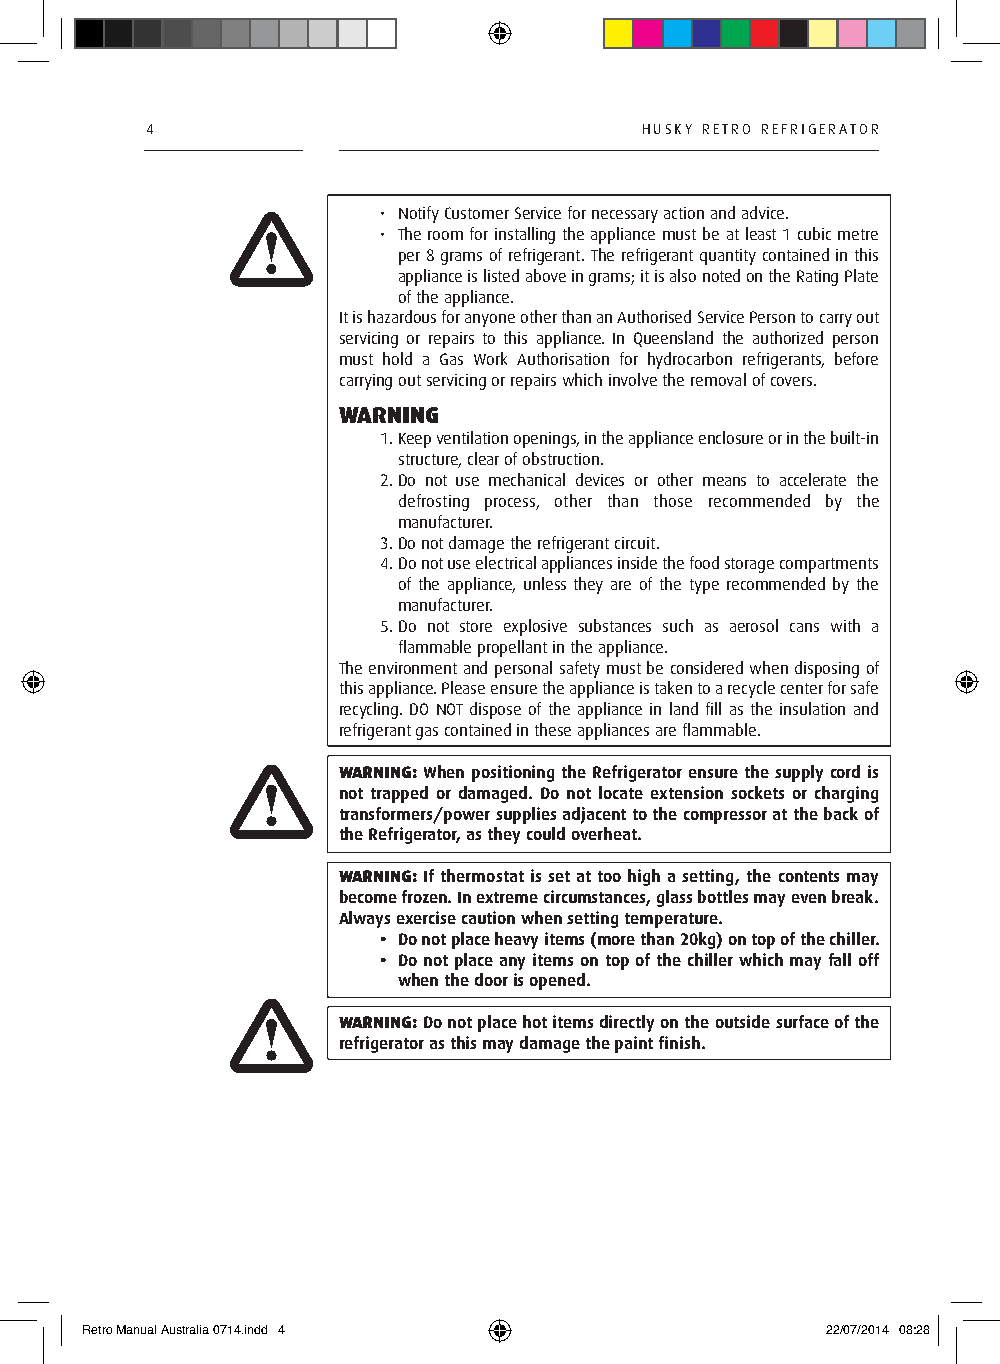
4                               HUsky RETRO REFRIGERATOR
 • N otify Customer service for necessary action and advice.
 • T he room for installing the appliance must be at least 1 cubic metre
 per 8 grams of refrigerant. The refrigerant quantity contained in this
 appliance is listed above in grams; it is also noted on the Rating Plate
 of the appliance.
 It is hazardous for anyone other than an Authorised service Person to carry out
 servicing or repairs to this appliance. In Queensland the authorized person
 must hold a Gas Work Authorisation for hydrocarbon refrigerants, before
 carrying out servicing or repairs which involve the removal of covers.
 WARNING
 1. keep ventilation openings, in the appliance enclosure or in the built-in
 structure, clear of obstruction.
 2. D o not use mechanical devices or other means to accelerate the
 defrosting process, other than those recommended by the
 manufacturer.
 3. D o not damage the refrigerant circuit.
 4. D o not use electrical appliances inside the food storage compartments
 of the appliance, unless they are of the type recommended by the
 manufacturer.
 5. D o not store explosive substances such as aerosol cans with a
 flammable propellant in the appliance.
 The environment and personal safety must be considered when disposing of
 this appliance. Please ensure the appliance is taken to a recycle center for safe
 recycling. DO NOT dispose of the appliance in land fill as the insulation and
 refrigerant gas contained in these appliances are flammable.
 WARNING: When positioning the Refrigerator ensure the supply cord is
 not trapped or damaged. Do not locate extension sockets or charging
 transformers/power supplies adjacent to the compressor at the back of
 the Refrigerator, as they could overheat.
 WARNING: If thermostat is set at too high a setting, the contents may
 become frozen. In extreme circumstances, glass bottles may even break.
 Always exercise caution when setting temperature.
 • Do not place heavy items (more than 20kg) on top of the chiller.
 • Do not place any items on top of the chiller which may fall off
 when the door is opened.
 WARNING: Do not place hot items directly on the outside surface of the
 refrigerator as this may damage the paint finish.
 Retro Manual Australia 0714.indd 4                22/07/2014 08:28